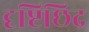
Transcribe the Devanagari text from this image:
दृष्टिछिद्र